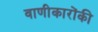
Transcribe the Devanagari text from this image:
वाणीकारोंकी